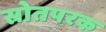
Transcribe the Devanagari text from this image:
स्रोतपरक